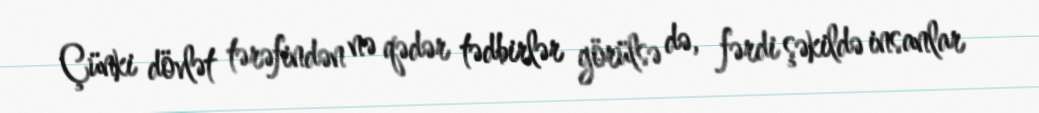
Çünki dövlət tərəfindən nə qədər tədbirlər görülsə də, fərdi şəkildə insanlar